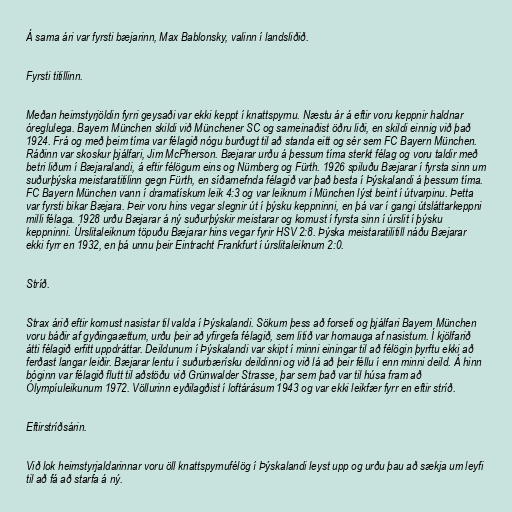
Á sama ári var fyrsti bæjarinn, Max Bablonsky, valinn í landsliðið.

Fyrsti titillinn.

Meðan heimstyrjöldin fyrri geysaði var ekki keppt í knattspyrnu. Næstu ár á eftir voru keppnir haldnar
óreglulega. Bayern München skildi við Münchener SC og sameinaðist öðru liði, en skildi einnig við það
1924. Frá og með þeim tíma var félagið nógu burðugt til að standa eitt og sér sem FC Bayern München.
Ráðinn var skoskur þjálfari, Jim McPherson. Bæjarar urðu á þessum tíma sterkt félag og voru taldir með
betri liðum í Bæjaralandi, á eftir félögum eins og Nürnberg og Fürth. 1926 spiluðu Bæjarar í fyrsta sinn um
suðurþýska meistaratitilinn gegn Fürth, en síðarnefnda félagið var það besta í Þýskalandi á þessum tíma.
FC Bayern München vann í dramatískum leik 4:3 og var leiknum í München lýst beint í útvarpinu. Þetta
var fyrsti bikar Bæjara. Þeir voru hins vegar slegnir út í þýsku keppninni, en þá var í gangi útsláttarkeppni
milli félaga. 1928 urðu Bæjarar á ný suðurþýskir meistarar og komust í fyrsta sinn í úrslit í þýsku
keppninni. Úrslitaleiknum töpuðu Bæjarar hins vegar fyrir HSV 2:8. Þýska meistaratilitill náðu Bæjarar
ekki fyrr en 1932, en þá unnu þeir Eintracht Frankfurt í úrslitaleiknum 2:0.

Stríð.

Strax árið eftir komust nasistar til valda í Þýskalandi. Sökum þess að forseti og þjálfari Bayern München
voru báðir af gyðingaættum, urðu þeir að yfirgefa félagið, sem litið var hornauga af nasistum. Í kjölfarið
átti félagið erfitt uppdráttar. Deildunum í Þýskalandi var skipt í minni einingar til að félögin þyrftu ekki að
ferðast langar leiðir. Bæjarar lentu í suðurbærísku deildinni og við lá að þeir féllu í enn minni deild. Á hinn
bóginn var félagið flutt til aðstöðu við Grünwalder Strasse, þar sem það var til húsa fram að
Ólympíuleikunum 1972. Völlurinn eyðilagðist í loftárásum 1943 og var ekki leikfær fyrr en eftir stríð.

Eftirstríðsárin.

Við lok heimstyrjaldarinnar voru öll knattspyrnufélög í Þýskalandi leyst upp og urðu þau að sækja um leyfi
til að fá að starfa á ný.